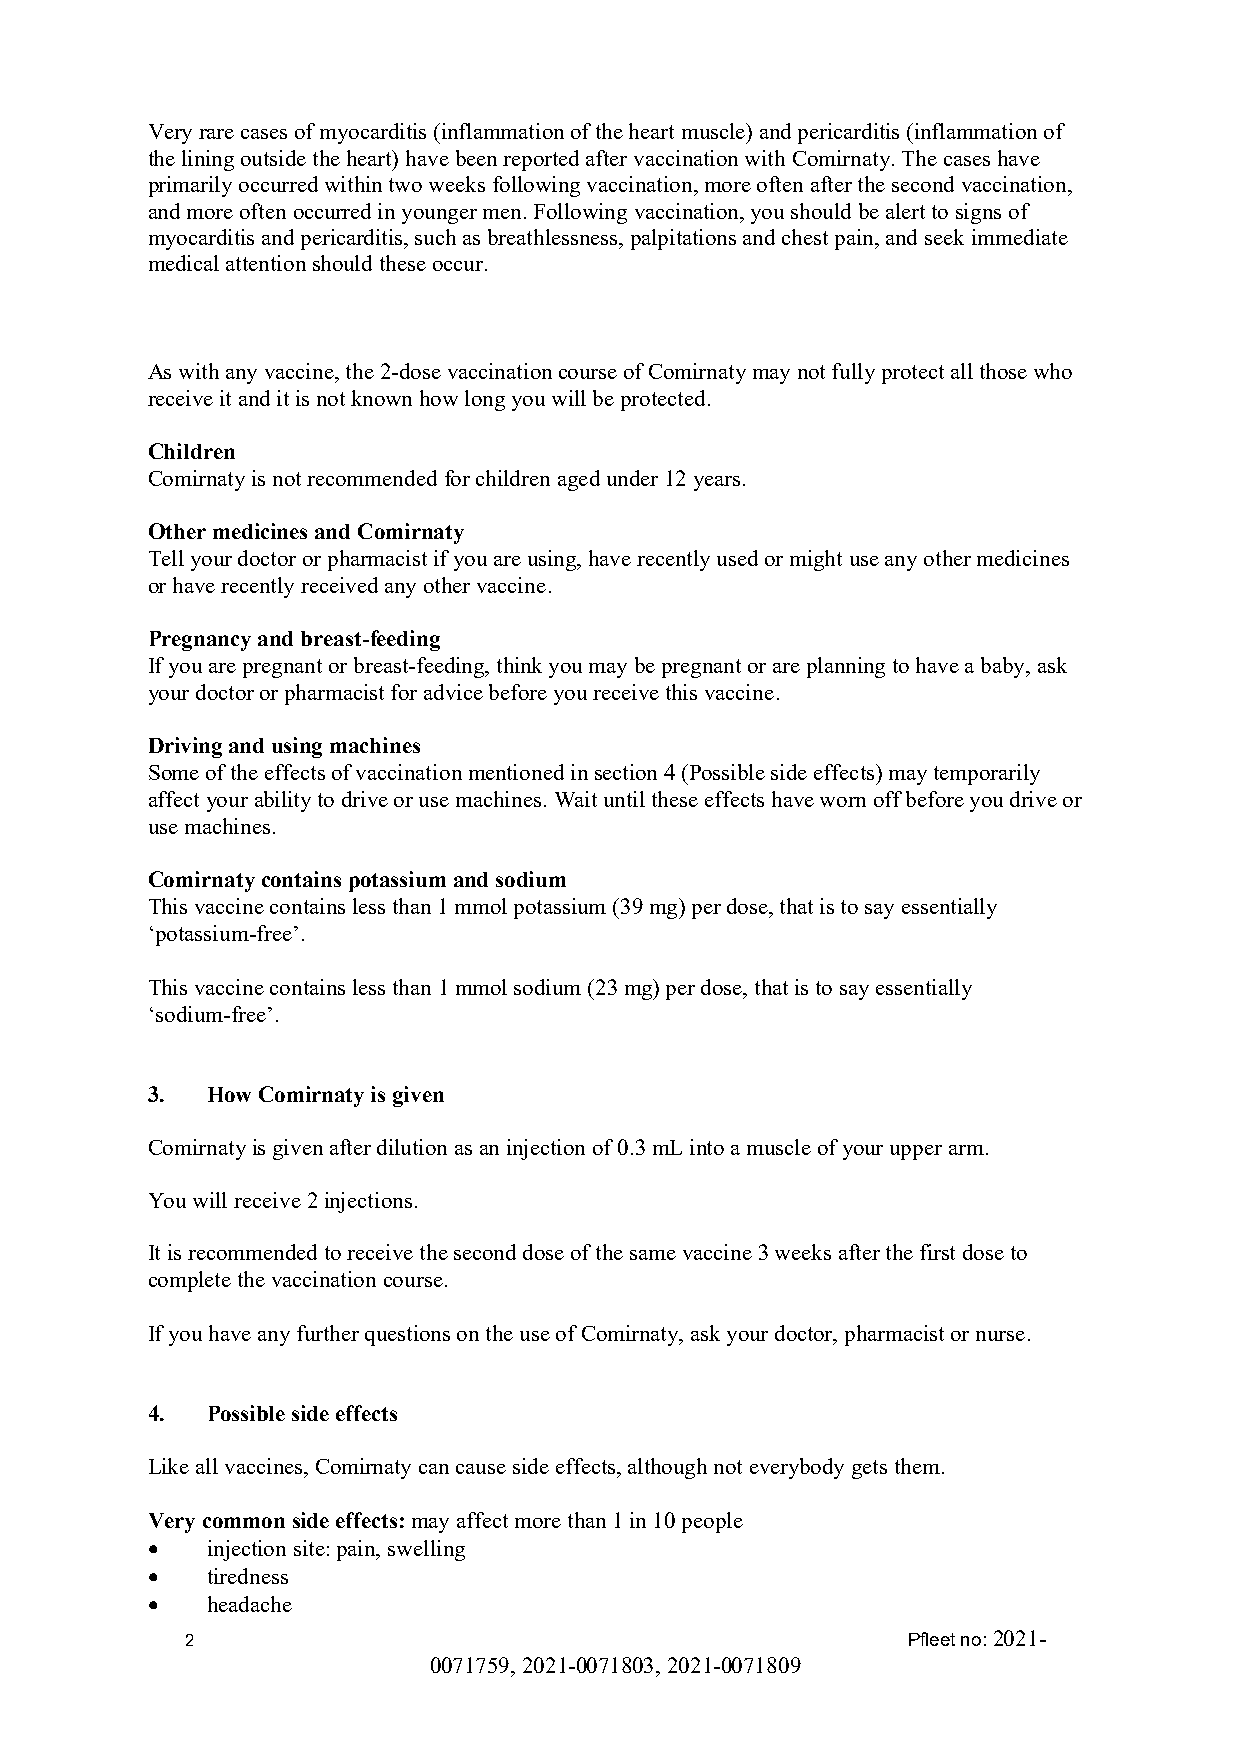
Very rare cases of myocarditis (inflammation of the heart muscle) and pericarditis (inflammation of
 the lining outside the heart) have been reported after vaccination with Comirnaty. The cases have
 primarily occurred within two weeks following vaccination, more often after the second vaccination,
 and more often occurred in younger men. Following vaccination, you should be alert to signs of
 myocarditis and pericarditis, such as breathlessness, palpitations and chest pain, and seek immediate
 medical attention should these occur.
 As with any vaccine, the 2-dose vaccination course of Comirnaty may not fully protect all those who
 receive it and it is not known how long you will be protected.
 Children
 Comirnaty is not recommended for children aged under 12 years.
 Other medicines and Comirnaty
 Tell your doctor or pharmacist if you are using, have recently used or might use any other medicines
 or have recently received any other vaccine.
 Pregnancy and breast-feeding
 If you are pregnant or breast-feeding, think you may be pregnant or are planning to have a baby, ask
 your doctor or pharmacist for advice before you receive this vaccine.
 Driving and using machines
 Some of the effects of vaccination mentioned in section 4 (Possible side effects) may temporarily
 affect your ability to drive or use machines. Wait until these effects have worn off before you drive or
 use machines.
 Comirnaty contains potassium and sodium
 This vaccine contains less than 1 mmol potassium (39 mg) per dose, that is to say essentially
 ‘potassium-free’.
 This vaccine contains less than 1 mmol sodium (23 mg) per dose, that is to say essentially
 ‘sodium-free’.
 3.  How Comirnaty is given
 Comirnaty is given after dilution as an injection of 0.3 mL into a muscle of your upper arm.
 You will receive 2 injections.
 It is recommended to receive the second dose of the same vaccine 3 weeks after the first dose to
 complete the vaccination course.
 If you have any further questions on the use of Comirnaty, ask your doctor, pharmacist or nurse.
 4.  Possible side effects
 Like all vaccines, Comirnaty can cause side effects, although not everybody gets them.
 Very common side effects: may affect more than 1 in 10 people
 •   injection site: pain, swelling
 •   tiredness
 •   headache
 2                                               Pfleet no: 2021-
 0071759, 2021-0071803, 2021-0071809